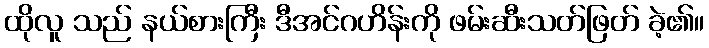
ထိုလူ သည် နယ်စားကြီး ဒီအင်ဂဟိန်းကို ဖမ်းဆီးသတ်ဖြတ် ခဲ့၏။